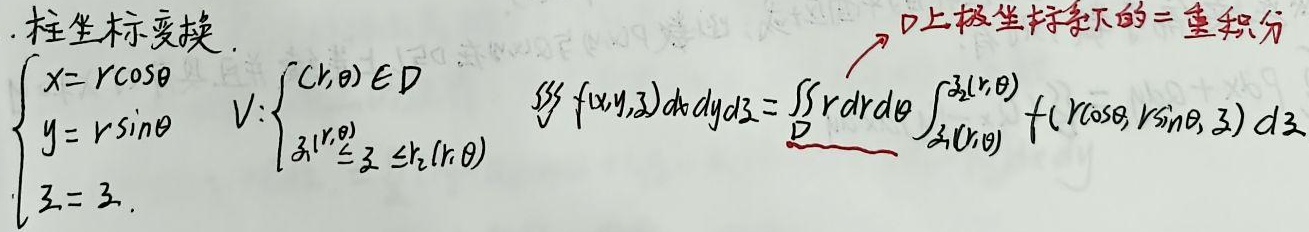
柱坐标变换：
由\(\begin{cases}x = r\cos\theta \\y = r\sin\theta \\z = z\end{cases}\) ，区域\(V\)表示为\(\begin{cases}(r,\theta)\in D \\z_1(r,\theta)\leq z \leq z_2(r,\theta)\end{cases}\)。

\[
\iiint\limits_{V} f(x,y,z)dxdydz=\iint\limits_{D} r\ drd\theta\int_{z_1(r,\theta)}^{z_2(r,\theta)} f(r\cos\theta,r\sin\theta,z)dz
\]
（D上极坐标下的二重积分）